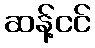
ဆန့်ငင်